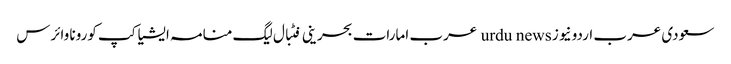
سعودی عرب اردو نیوز urdu news عرب امارات بحرینی فٹبال لیگ منامہ ایشیا کپ کورونا وائرس